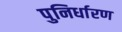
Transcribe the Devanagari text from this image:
पुनिर्धारण